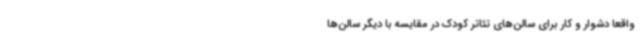
واقعا دشوار و کار برای سالن‌های تئاتر کودک در مقایسه با دیگر سالن‌ها